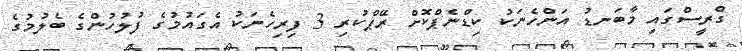
ގްރީސްގައި މާބަނޑު އަންހެނަކު ކިޑްނެޕްކޮށް ރޭޕްކުރި 3 ފިރިހެނަކު އެގައުމުގެ ފުލުހުންގެ ބެލުމުގެ